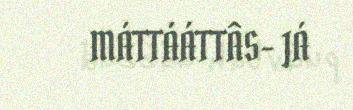
MÁTTÁÁTTÂS- JÁ